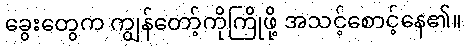
ခွေးတွေက ကျွန်တော့်ကိုကြိုဖို့ အသင့်စောင့်နေ၏။